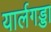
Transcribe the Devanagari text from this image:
यार्लगड्डा